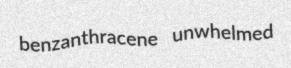
benzanthracene unwhelmed